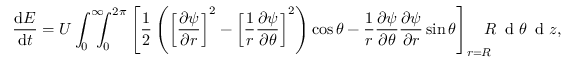
\frac { \mathrm { d } E } { \mathrm { d } t } = U \int _ { 0 } ^ { \infty } \! \! \! \! \int _ { 0 } ^ { 2 \pi } \left[ \frac { 1 } { 2 } \left( \left[ \frac { \partial \psi } { \partial r } \right] ^ { 2 } - \left[ \frac { 1 } { r } \frac { \partial \psi } { \partial \theta } \right] ^ { 2 } \right) \cos \theta - \frac { 1 } { r } \frac { \partial \psi } { \partial \theta } \frac { \partial \psi } { \partial r } \sin \theta \right] _ { r = R } \! \! \! \! R \, \textrm { d } \theta \, \textrm { d } z ,